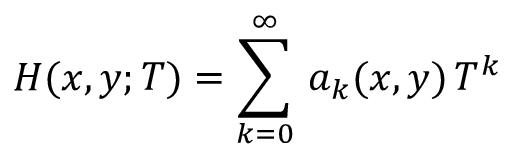
H ( x , y ; T ) = \sum _ { k = 0 } ^ { \infty } \, a _ { k } ( x , y ) \, T ^ { k }